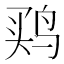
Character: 𱉳